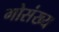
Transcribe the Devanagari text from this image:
गोसंख्य